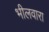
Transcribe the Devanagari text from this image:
भीलवारा